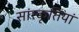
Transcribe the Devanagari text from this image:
सांस्कृतियां